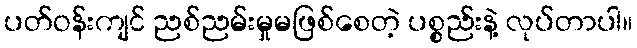
ပတ်ဝန်းကျင် ညစ်ညမ်းမှုမဖြစ်စေတဲ့ ပစ္စည်းနဲ့ လုပ်တာပါ။